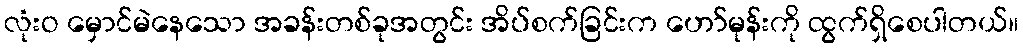
လုံးဝ မှောင်မဲနေသော အခန်းတစ်ခုအတွင်း အိပ်စက်ခြင်းက ဟော်မုန်းကို ထွက်ရှိစေပါတယ်။